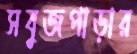
সবুজপাড়ার